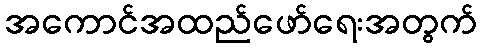
အကောင်အထည်ဖော်ရေးအတွက်